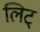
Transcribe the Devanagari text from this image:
लिट्‌